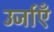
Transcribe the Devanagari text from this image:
उर्जाएँ